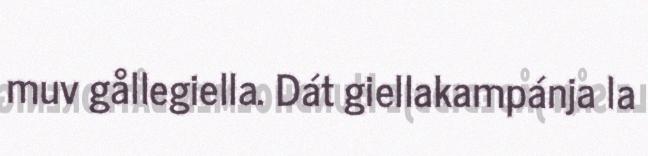
muv gållegiella. Dát giellakampánja la